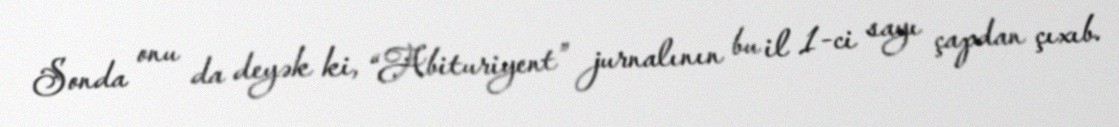
Sonda onu da deyək ki, “Abituriyent” jurnalının bu il 1-ci sayı çapdan çıxıb.